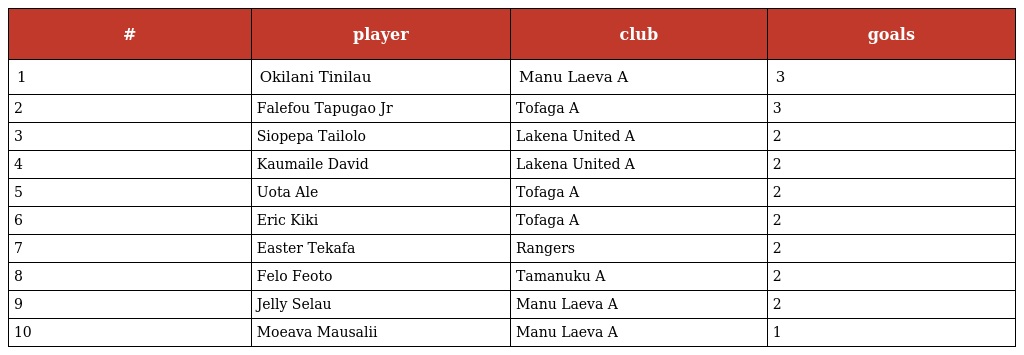
| # | player | club | goals |
 | --- | --- | --- | --- |
 | 1 | Okilani Tinilau | Manu Laeva A | 3 |
 | 2 | Falefou Tapugao Jr | Tofaga A | 3 |
 | 3 | Siopepa Tailolo | Lakena United A | 2 |
 | 4 | Kaumaile David | Lakena United A | 2 |
 | 5 | Uota Ale | Tofaga A | 2 |
 | 6 | Eric Kiki | Tofaga A | 2 |
 | 7 | Easter Tekafa | Rangers | 2 |
 | 8 | Felo Feoto | Tamanuku A | 2 |
 | 9 | Jelly Selau | Manu Laeva A | 2 |
 | 10 | Moeava Mausalii | Manu Laeva A | 1 |